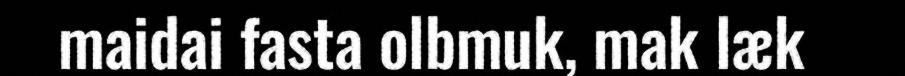
maidai fasta olbmuk, mak læk